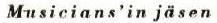
Musicians'in jäsen